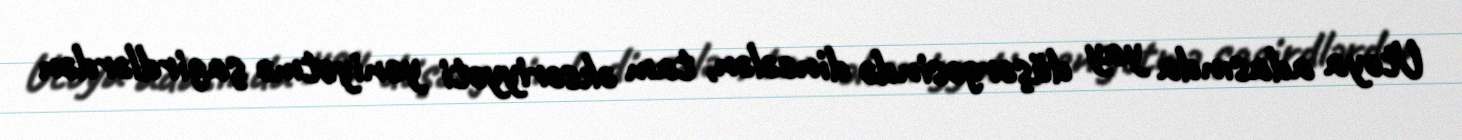
Utoya adasında yay düşərgəsində dincələn, tam əksəriyyəti yeniyetmə şagirdlərdən